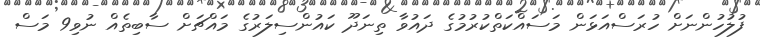
ފުލުހުންނަށް ހުރަސްއަޅަން މަސައްކަތްކުރުމުގެ ދައުވާ ތިނަދޫ ކައުންސިލަރުގެ މައްޗަށް ސާބިތެއް ނުވި9 މަސް